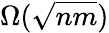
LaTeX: \Omega({\sqrt{nm}})